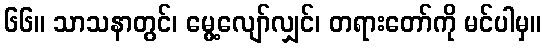
၆၆။ သာသနာတွင်၊ မွေ့လျော်လျှင်၊ တရားတော်ကို မင်ပါမှ။